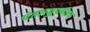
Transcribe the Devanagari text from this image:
चेतारज्जूपर्यंतच